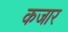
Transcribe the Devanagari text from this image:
कजार